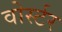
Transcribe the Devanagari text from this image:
वोर्स्टर